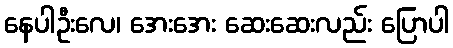
နေပါဦးလေ၊ အေးအေး ဆေးဆေးလည်း ပြောပါ